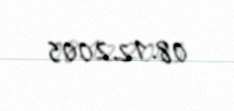
08.12.2005